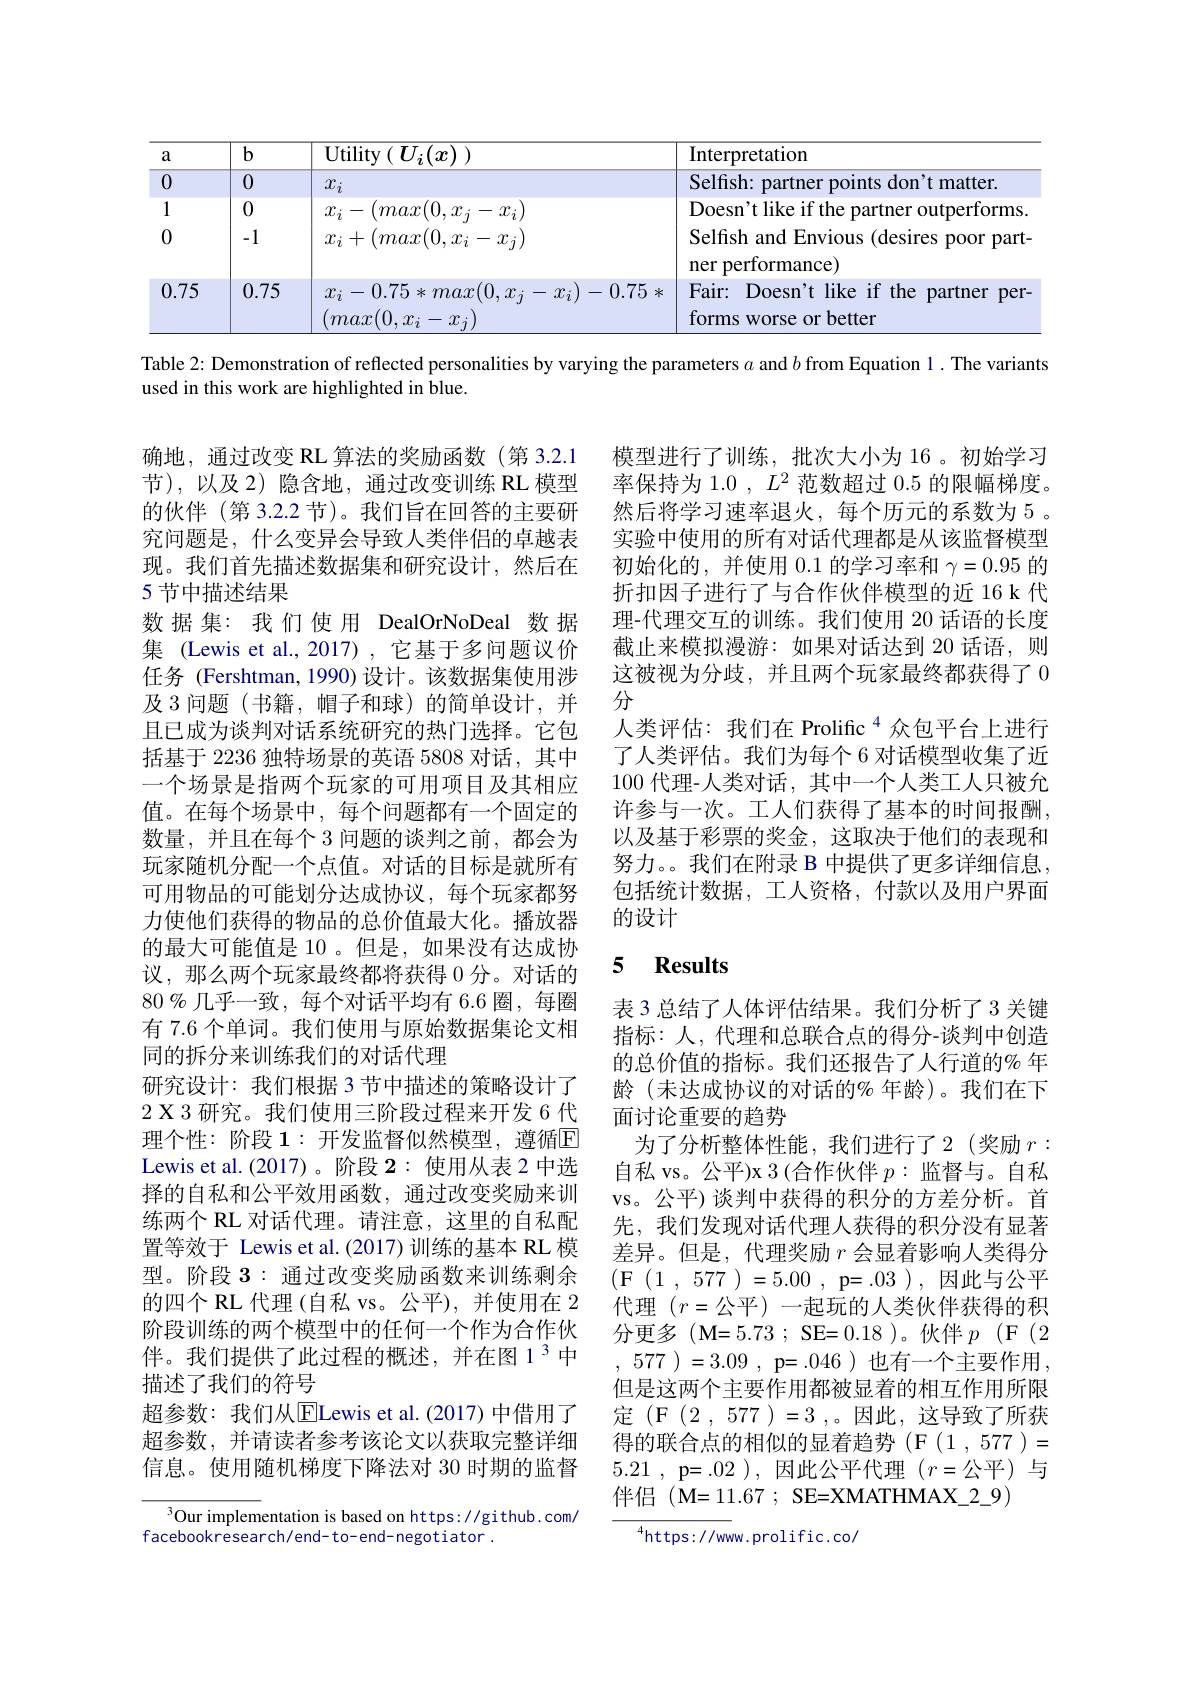
<table>
	<tbody>
		<tr>
			<th>a</th>
			<th>$b$</th>
			<th>${\mathrm{Utility}}\left(U_{i}(x)\right)$</th>
			<th>Interpretation</th>
		</tr>
		<tr>
			<td>0</td>
			<td>0</td>
			<td>$x_i$</td>
			<td>Selfish: partner points don't matter.</td>
		</tr>
		<tr>
			<td>1</td>
			<td>0</td>
			<td>$x_{i}-(max(0,x_{i}-x_{i})$</td>
			<td>Doesn't like if the partner outperforms</td>
		</tr>
		<tr>
			<td>0</td>
			<td>-1</td>
			<td>$x_{i}+(max(0,x_{i}-x_{j})$</td>
			<td>Selfish and Envious (desires poor part- ner performance)</td>
		</tr>
		<tr>
			<td>0.75</td>
			<td>0.75</td>
			<td>$x_{i}-0.75*max(0,x_{j}-x_{i})-0.75*$ $(max(0,x_{i}-$ $x_i)$</td>
			<td>Fair: Doesn't like if the partner per forms worse or better</td>
		</tr>
	</tbody>
</table>

Table 2: Demonstration of reflected personalities by varying the parameters $\alpha$ and $b$ from Equation 1. The variants
used in this work are highlighted in blue.

模型进行了训练，批次大小为 16 。初始学习率保持为 1.0 $,L^2$范数超过 0.5 的限幅梯度。然后将学习速率退火，每个历元的系数为 5 。实验中使用的所有对话代理都是从该监督模型初始化的，并使用0.1的学习率和$\gamma=0.95$的折扣因子进行了与合作伙伴模型的近 16 k 代理-代理交互的训练。我们使用 20 话语的长度截止来模拟漫游：如果对话达到 20 话语，则这被视为分歧，并且两个玩家最终都获得了0分
人类评估：我们在 Prolific $^{4}$众包平台上进行了人类评估。我们为每个 6 对话模型收集了近100 代理-人类对话，其中一个人类工人只被允许参与一次。工人们获得了基本的时间报酬， 以及基于彩票的奖金，这取决于他们的表现和努力。。我们在附录 B 中提供了更多详细信息， 包括统计数据，工人资格，付款以及用户界面的设计

# 5 $\mathbf{Results}$

确地，通过改变 RL 算法的奖励函数(第 3.2.1节),以及2)隐含地，通过改变训练 RL 模型的伙伴(第 3.2.2 节)。我们旨在回答的主要研究问题是，什么变异会导致人类伴侣的卓越表现。我们首先描述数据集和研究设计，然后在5 节中描述结果
数据集：我们使用 DealOrNoDeal 数据集 (Lewis et al.,2017),它基于多问题议价任务 (Fershtman,1990)设计。该数据集使用涉及 3 问题 (书籍，帽子和球)的简单设计，并且已成为谈判对话系统研究的热门选择。它包括基于 2236 独特场景的英语 5808 对话，其中一个场景是指两个玩家的可用项目及其相应值。在每个场景中，每个问题都有一个固定的数量，并且在每个 3 问题的谈判之前，都会为玩家随机分配一个点值。对话的目标是就所有可用物品的可能划分达成协议，每个玩家都努力使他们获得的物品的总价值最大化。播放器的最大可能值是 10 。但是，如果没有达成协议，那么两个玩家最终都将获得 0 分。对话的$80\%$几乎一致，每个对话平均有 6.6 圈，每圈有 7.6 个单词。我们使用与原始数据集论文相同的拆分来训练我们的对话代理
研究设计：我们根据 3 节中描述的策略设计了2 X 3 研究。我们使用三阶段过程来开发 6 代理个性：阶段1：开发监督似然模型，遵循E Lewis et al. (2017)。阶段$\mathbf{2}:$使用从表 2 中选择的自私和公平效用函数，通过改变奖励来训练两个 RL 对话代理。请注意，这里的自私配置等效于 Lewis et al.(2017)训练的基本 RL 模型。阶段3：通过改变奖励函数来训练剩余的四个 RL 代理 (自私 vs。公平), 并使用在 2阶段训练的两个模型中的任何一个作为合作伙伴。我们提供了此过程的概述，并在图 1$^{3}$中描述了我们的符号
超参数：我们从$\boxed{\mathrm{E}}$Lewis et al.(2017)中借用了超参数，并请读者参考该论文以获取完整详细信息。使用随机梯度下降法对 30 时期的监督

表 3 总结了人体评估结果。我们分析了 3 关键指标：人，代理和总联合点的得分-谈判中创造的总价值的指标。我们还报告了人行道的% 年龄(未达成协议的对话的% 年龄)。我们在下面讨论重要的趋势
为了分析整体性能，我们进行了2(奖励$r:$ 自私 vs。公平)x 3 (合作伙伴$p:$监督与。自私vs。公平)谈判中获得的积分的方差分析。首先，我们发现对话代理人获得的积分没有显著差异。但是，代理奖励$r$会显着影响人类得分(F(1,577)=5.00,p=.03),因此与公平代理 $(r=$公平)一起玩的人类伙伴获得的积分更多(M=5.73~;~SE=0.18~)。伙伴$p~(F~(2$ , 577 )=3.09 , p= . 046)也有一个主要作用， 但是这两个主要作用都被显着的相互作用所限定 (F(2,577)=3,0因此，这导致了所获得的联合点的相似的显着趋势(F(1,577)= 5.21 , p= . 02 ), 因此公平代理$(r=$公平)与伴 侣 ( M= 11. 67 ; SE= XMATHMAX$\_$2$\_$9)

$^3$Our implementation is based on https://github.com/
$\tilde{\text{facebookresearch/end-to-end-negotiator}}.$

$^{4}$https://www.prolific.co/